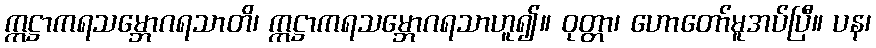
ဣဋ္ဌာကရသမ္ဘောဂရသာတိ၊ ဣဋ္ဌာကရသမ္ဘောဂရသာဟူ၍။ ဝုတ္တာ၊ ဟောတော်မူအပ်ပြီ။ ပန၊